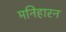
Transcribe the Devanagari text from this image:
मनिहारन